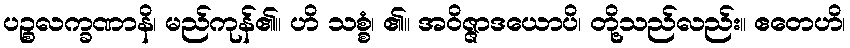
ပဉ္စလက္ခဏာနိ၊ မည်ကုန်၏။ ဟိ သစ္စံ၊ ၏။ အဝိဇ္ဇာဒယောပိ၊ တို့သည်လည်း။ ဧတေဟိ၊